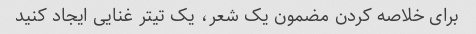
برای خلاصه کردن مضمون یک شعر، یک تیتر غنایی ایجاد کنید